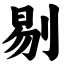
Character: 剔